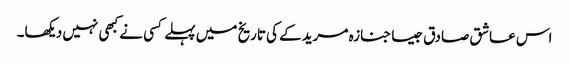
اس عاشق صادق جیسا جنازہ مریدکے کی تاریخ میں پہلے کسی نے کبھی نہیں دیکھا۔